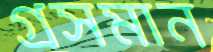
গ্রসমান